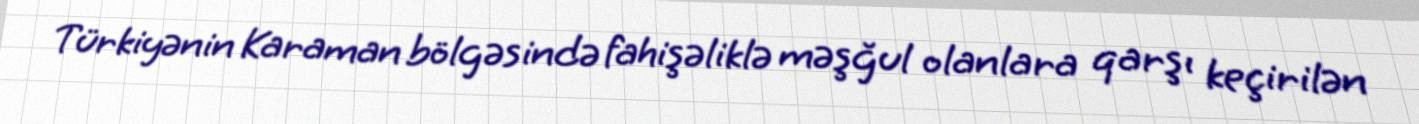
Türkiyənin Karaman bölgəsində fahişəliklə məşğul olanlara qarşı keçirilən